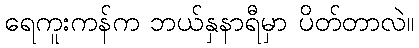
ရေကူးကန်က ဘယ်နှနာရီမှာ ပိတ်တာလဲ။